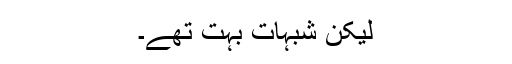
لیکن شبہات بہت تھے۔